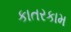
કાતરકામ